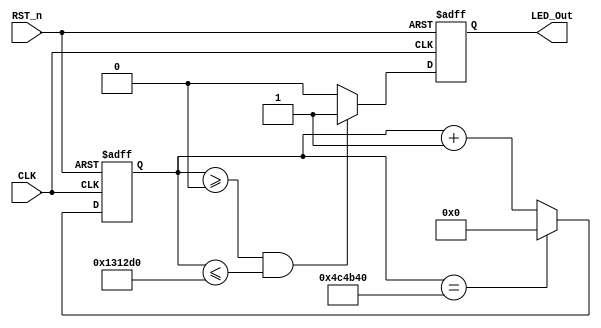
`timescale 1ns / 1ps
//////////////////////////////////////////////////////////////////////////////////
// Company: 
// Engineer: 
// 
// Design Name: 
// Module Name:    led0_module 
// Project Name: 
// Target Devices: 
// Tool versions: 
// Description: 
//
// Dependencies: 
//
// Revision: 
// Revision 0.01 - File Created
// Additional Comments: 
//
//////////////////////////////////////////////////////////////////////////////////
module led0_module(
    input CLK,
    input RST_n,
    output LED_Out
    );
    
    parameter T100MS  = 23'd5_000_000;
    parameter T1_25MS = 23'd1_250_000;
    parameter T2_25MS = 23'd2_500_000;
    parameter T3_25MS = 23'd3_750_000;
    
    reg [22:0]counter;
    
    always @(posedge CLK or negedge RST_n) begin
        if (!RST_n) begin
            counter <= 23'd0;
        end
        else if (counter == T100MS) begin
            counter <= 23'd0;
        end
        else begin
            counter <= counter + 1'b1;
        end
    end
    
    reg rLED_Out;
    
    always @(posedge CLK or negedge RST_n) begin
        if (!RST_n) begin
            rLED_Out <= 1'b0;
        end
        else if (counter >= 23'd0 && counter <= T1_25MS) begin
            rLED_Out <= 1'b1;
        end
        else begin
            rLED_Out <= 1'b0;
        end
    end
    
    assign LED_Out = rLED_Out;

endmodule